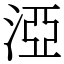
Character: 𣵾